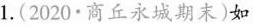
1.(2020·商丘永城期末)如